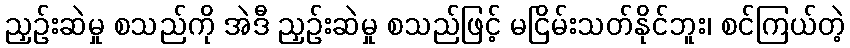
ညှဉ်းဆဲမှု စသည်ကို အဲဒီ ညှဉ်းဆဲမှု စသည်ဖြင့် မငြိမ်းသတ်နိုင်ဘူး၊ စင်ကြယ်တဲ့